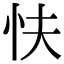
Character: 𢗲